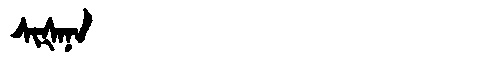
Manchu: ᠰᡳᡧᠠᠨᠠ
Romanization: SIŠANA